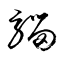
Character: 騮